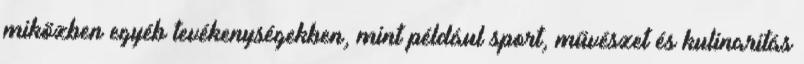
miközben egyéb tevékenységekben, mint például sport, művészet és kulinaritás